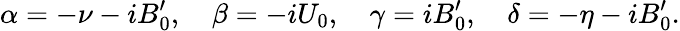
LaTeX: \alpha=-\nu-iB_{0}^{\prime},\quad\beta=-iU_{0},\quad\gamma=iB_{0}^{\prime},\quad\delta=-\eta-iB_{0}^{\prime}.